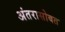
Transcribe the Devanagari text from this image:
अंतरासोबत